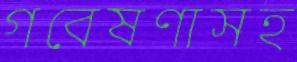
গবেষণাসহ